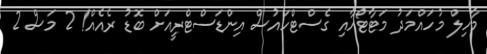
މާހިލް މުހައްމަދު މަޓާޓޯއާއި ގެސްޓްހައުސް އިންޑަސްޓްރީއަށް ބޮޑު ރެއެއް! 2 މަސް 2